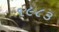
૧૯૮૩